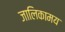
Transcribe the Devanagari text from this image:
जालिकामय